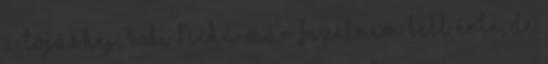
a tojáshéj, töki Néha már fizetnem kell érte, de